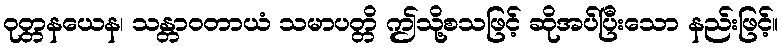
ဝုတ္တနယေန၊ သန္တာဝတာယံ သမာပတ္တိ ဤသို့စသဖြင့် ဆိုအပ်ပြီးသော နည်းဖြင့်။